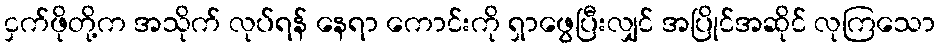
ငှက်ဖိုတို့က အသိုက် လုပ်ရန် နေရာ ကောင်းကို ရှာဖွေပြီးလျှင် အပြိုင်အဆိုင် လုကြသော